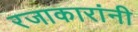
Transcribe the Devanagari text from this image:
रजाकारांनी